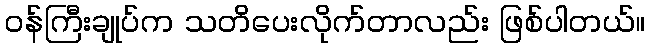
ဝန်ကြီးချုပ်က သတိပေးလိုက်တာလည်း ဖြစ်ပါတယ်။